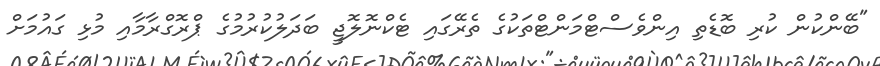
"ބޭންކުން ކުރި ބޮޑެތި އިންވެސްޓްމަންޓްތަކުގެ ތެރޭގައި ޓެކްނޮލޮޖީ ބަދަލުކުރުމުގެ ޕްރޮގްރާމާއި މުޅި ގައުމަށް